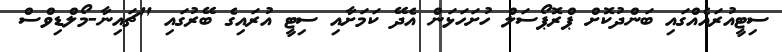
ސިޓީއުރައެއްގައި ބަންދުކޮށް ޕްރޮޕޯސަލް ހުށަހަޅަން އެދޭ ކަމަށާއި ސިޓީ އުރައިގެ ބޭރުގައި "ޗައިނާ-މޯލްޑިވްސް